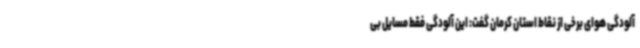
آلودگی هوای برخی از نقاط استان کرمان گفت: این آلودگی فقط مسایل بی